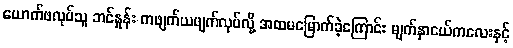
ယောက်ဖလုပ်သူ ဘင်နှုန်း ကဖျက်ယဖျက်လုပ်လို့ အထမမြောက်ခဲ့ကြောင်း မျက်နှာငယ်ကလေးနှင့်